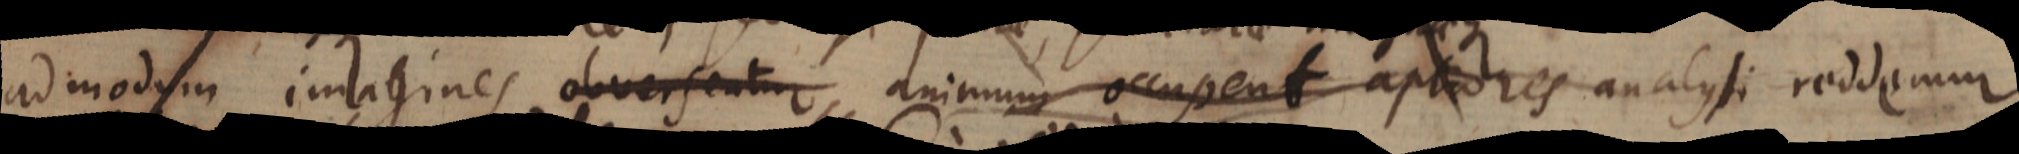
admodum imagines obversentur animum occupent aptiores analysi reddemur.